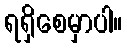
ရရှိစေမှာပါ။